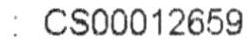
: CS000012659